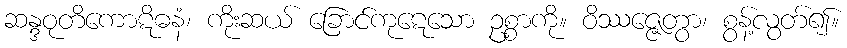
ဆန္ဒဝုတိကောဋိဓနံ၊ ကိုးဆယ် ခြောင်ကုဋေသော ဥစ္စာကို။ ဝိဿဇ္ဇေတွာ၊ စွန့်လွတ်၍။